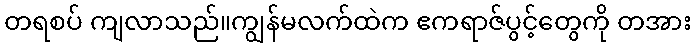
တရစပ် ကျလာသည်။ကျွန်မလက်ထဲက ဧကရာဇ်ပွင့်တွေကို တအား